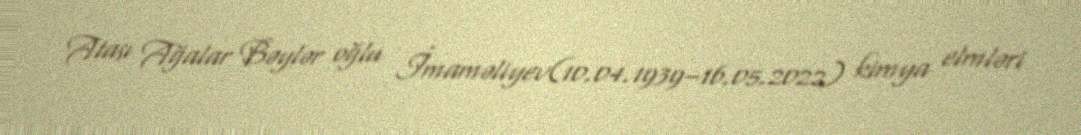
Atası Ağalar Bəylər oğlu İmaməliyev(10.04.1939–16.05.2022) kimya elmləri